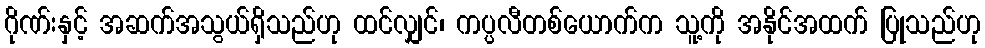
ဂိုဏ်းနှင့် အဆက်အသွယ်ရှိသည်ဟု ထင်လျှင်၊ ကပ္ပလီတစ်ယောက်က သူ့ကို အနိုင်အထက် ပြုသည်ဟု